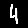
Digit: 4